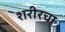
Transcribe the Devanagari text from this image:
शरीरचा